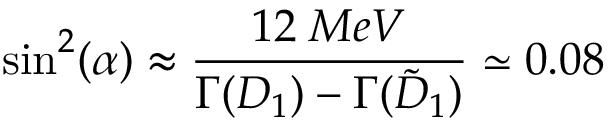
\sin ^ { 2 } ( \alpha ) \approx \frac { 1 2 \; M e V } { \Gamma ( D _ { 1 } ) - \Gamma ( { \tilde { D } } _ { 1 } ) } \simeq 0 . 0 8